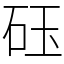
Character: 砡